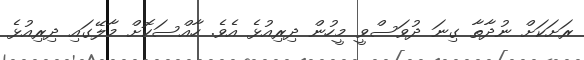
ރަށަކަށް ނުދާތާ ގިނަ ދުވަސްވީ މީހުން ދިރިއުޅެ އެވެ. ހާއްސަކޮށް މާލޭގައި ދިރިއުޅެ